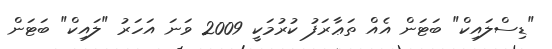
"ޑިސްލައިކް" ބަޓަން އެއް ތަޢާރަފު ކުރުމަކީ 2009 ވަނަ އަހަރު "ލައިކް" ބަޓަން